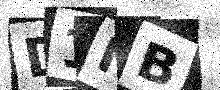
Text: D1IB